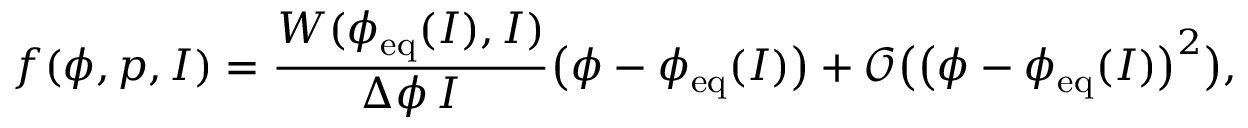
f ( \phi , p , I ) = \frac { W ( \phi _ { \mathrm { e q } } ( I ) , I ) } { \Delta \phi \, I } \big ( \phi - \phi _ { \mathrm { e q } } ( I ) \big ) + \mathcal { O } \big ( \big ( \phi - \phi _ { \mathrm { e q } } ( I ) \big ) ^ { 2 } \big ) ,